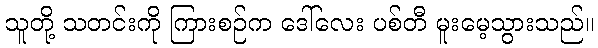
သူတို့ သတင်းကို ကြားစဉ်က ဒေါ်လေး ပစ်တီ မူးမေ့သွားသည်။